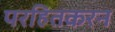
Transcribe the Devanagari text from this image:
परहितकरन